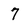
Character: 7